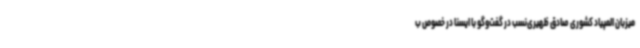
میزبان المپیاد کشوری صادق ظهیری‌نسب در گفت‌وگو با ایسنا در خصوص ب